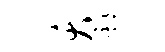
夭邳